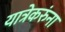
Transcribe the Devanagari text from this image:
यात्रेकरुंना